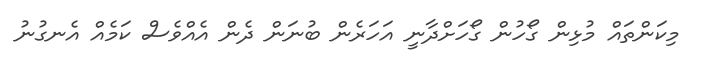
މިކަންތައް މުޅިން ގޯހުން ގޯހަށްދާނީ އަހަރެން ބުނަން ދެން އެއްވެސް ކަމެއް އެނގުނު